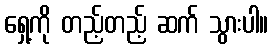
ရှေ့ကို တည့်တည့် ဆက် သွားပါ။